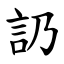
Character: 䚮